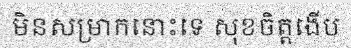
មិនសម្រាកនោះទេ សុខចិត្តងើប